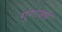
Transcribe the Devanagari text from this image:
गुणाढ़य